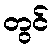
တွင်